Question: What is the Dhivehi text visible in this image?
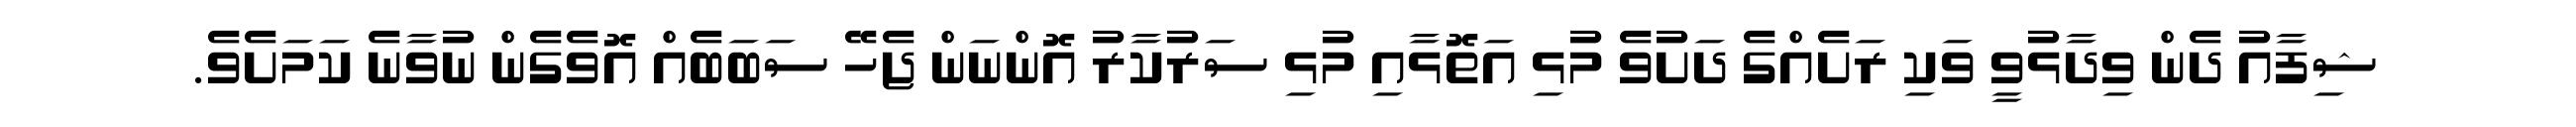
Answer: ޝިފާއު ދެން ވިދާޅުވީ ވަކި ރަށެއްގެ ދަށުވެ މުޅި އަތޮޅާއި މުޅި ސަރުކާރު އޮންނަން ޖެހޭ ސަބަބެއް އޮވެގެން ނުވާނެ ކަމަށެވެ.